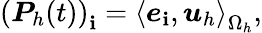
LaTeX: \left(\boldsymbol{P}_{h}(t)\right)_{\mathbf{i}}=\left<\boldsymbol{e}_{\mathbf{i}},\boldsymbol{u}_{h}\right>_{\Omega_{h}},